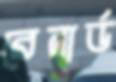
রেনার্ড